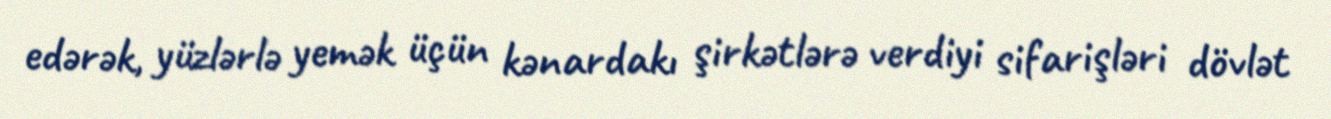
edərək, yüzlərlə yemək üçün kənardakı şirkətlərə verdiyi sifarişləri dövlət